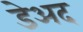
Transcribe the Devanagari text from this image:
डेअद